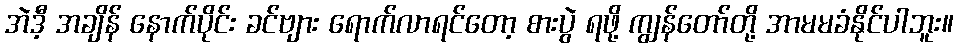
အဲဒီ့ အချိန် နောက်ပိုင်း ခင်ဗျား ရောက်လာရင်တော့ စားပွဲ ရဖို့ ကျွန်တော်တို့ အာမမခံနိုင်ပါဘူး။